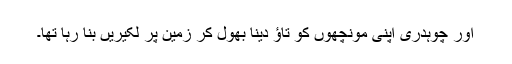
اور چوہدری اپنی مونچھوں کو تاؤ دینا بھول کر زمین پر لکیریں بنا رہا تھا۔